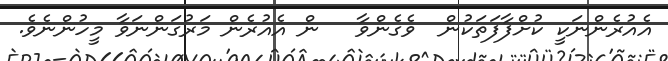
އެއުރެންނަކީ ކުށްފާފަތަކުން  ވެގެންވާ   ން އެއުރެން މަރުގަންނަވާ މީހުންނެވެ.